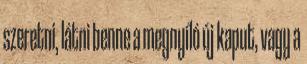
szeretni, látni benne a megnyíló új kaput, vagy a